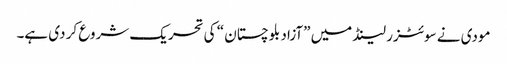
مودی نے سوئٹزر لینڈ میں ”آزاد بلوچستان “ کی تحریک شروع کر دی ہے۔